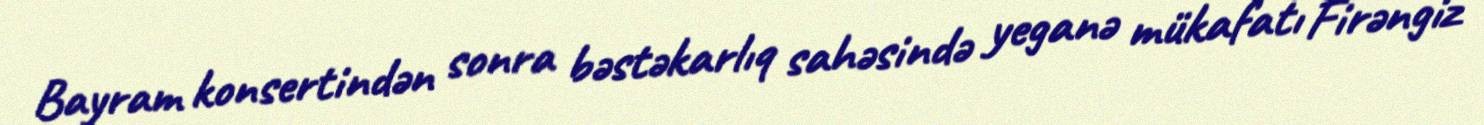
Bayram konsertindən sonra bəstəkarlıq sahəsində yeganə mükafatı Firəngiz